Sanitation, dispensaries and jails vaccination Rajputana 1922-1927 - 1922-1927
Year: 1922
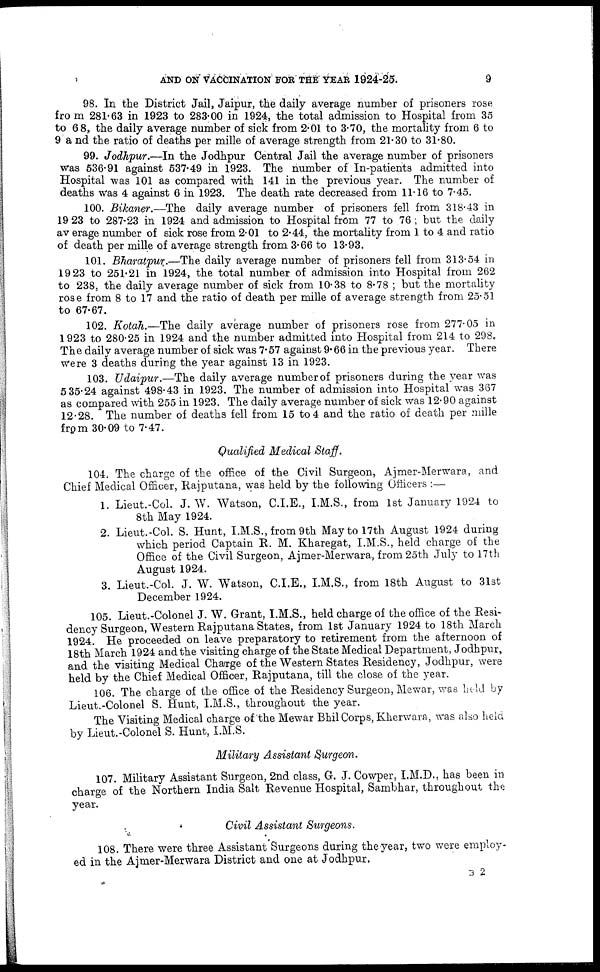
AND ON VACCINATION FOR THE YEAR 1924-25.
9
98. In the District Jail, Jaipur, the daily average number of prisoners rose
from 281.63 in 1923 to 283.00 in 1924, the total admission to Hospital from 35
to 68, the daily average number of sick from 2.01 to 3.70, the mortality from 6 to
9 and the ratio of deaths per mille of average strength from 21.30 to 31.80.
99. Jodhpur.—In the Jodhpur Central Jail the average number of prisoners
was 536.91 against 537.49 in 1923. The number of In-patients admitted into
Hospital was 101 as compared with 141 in the previous year. The number of
deaths was 4 against 6 in 1923. The death rate decreased from 11.16 to 7.45.
100. Bikaner.—The
daily average number of prisoners fell from 318.43 in
1923 to 287.23 in 1924 and admission to Hospital from 77 to 76 ; but the daily
average number of sick rose from 2.01 to 2.44, the mortality from 1 to 4 and ratio
of death per mille of average strength from 3.66 to 13.93.
101. Bharatpur.—The daily average number of prisoners fell from 313.54 in
19 23 to 251.21 in 1924, the total number of admission into Hospital from 262
to 238, the daily average number of sick from 10.38 to 8.78 ; but the mortality
rose from 8 to 17 and the ratio of death per mille of average strength from 25.51
to 67.67.
102. Kotah.—The daily average number of prisoners rose from 277.05 in
1923 to 280.25 in 1924 and the number admitted into Hospital from 214 to 298.
The daily average number of sick was 7.57 against 9.66 in the previous year. There
were 3 deaths during the year against 13 in 1923.
103. Udaipur.—The daily average number of prisoners during the year was
5 35.24 against 498.43 in 1923. The number of admission into Hospital was 367
as compared with 255 in 1923. The daily average number of sick was 12.90 against
12.28. The number of deaths fell from 15 to 4 and the ratio of death per mille
from 30.09 to 7.47.
Qualified Medical Staff.
104. The charge of the office of the Civil Surgeon, Ajmer-Merwara, and
Chief Medical Officer, Rajputana, was held by the following Officers :—
1. Lieut.-Col. J. W. Watson, C.I.E., I.M.S., from 1st January 1924 to
8th May 1924.
2. Lieut.-Col. S. Hunt, I.M.S., from 9th May to 17th August 1924 during
which period Captain R. M. Kharegat, I.M.S., held charge of the
Office of the Givil Surgeon, Ajmer-Merwara, from 25th July to 17th
August 1924.
3. Lieut.-Col. J. W. Watson, C.I.E., I.M.S., from 18th August to 31st
December 1924.
105. Lieut.-Colonel J. W. Grant, I.M.S., held charge of the office of the Resi-
dency Surgeon, Western Rajputana States, from 1st January 1924 to 18th March
1924. He proceeded on leave preparatory to retirement from the afternoon of
18th March 1924 and the visiting charge of the State Medical Department, Jodhpur,
and the visiting Medical Charge of the Western States Residency, Jodhpur, were
held by the Chief Medical Officer, Rajputana, till the close of the year.
106. The charge of the office of the Residency Surgeon, Mewar, was held by
Lieut.-Colonel S. Hunt, I.M.S., throughout the year.
The Visiting Medical charge of the Mewar BhilCorps, Kherwara, was also held
by Lieut.-Colonel S. Hunt, I.M.S.
Military Assistant Surgeon.
107. Military Assistant Surgeon, 2nd class, G. J. Cowper, I.M.D., has been in
charge of the Northern India Salt Revenue Hospital, Sambhar, throughout the
year.
Civil Assistant Surgeons.
108. There were three Assistant Surgeons during the year, two were employ-
ed in the Ajmer-Merwara District and one at Jodhpur.
B 2